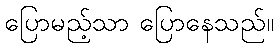
ပြောမည့်သာ ပြောနေသည်။